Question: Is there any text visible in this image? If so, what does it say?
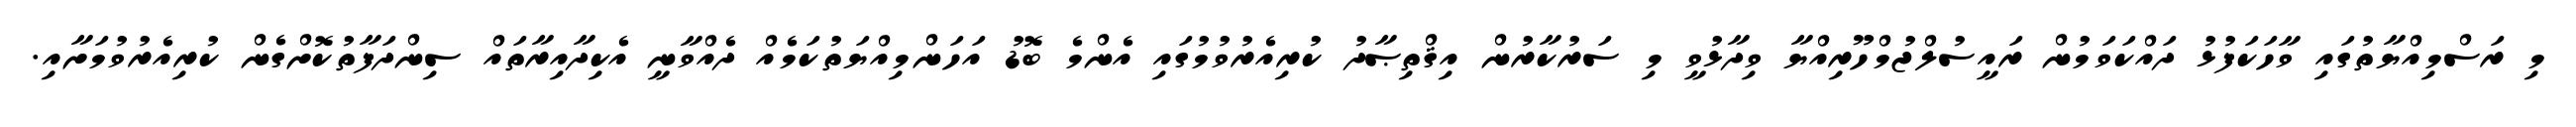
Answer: މި ރަސްމިއްޔާތުގައި ވާހަކަފުޅު ދައްކަވަމުން ރައީސުލްޖުމްހޫރިއްޔާ ވިދާޅުވީ މި ސަރުކާރުން އިޤްތިޞާދު ކުރިއެރުވުމުގައި އެންމެ ބޮޑު އަހަންމިއްޔަތުކަމެއް ދެއްވާނީ އެކިދާއިރާތައް ސިންދަފާތުކޮށްގެން ކުރިއެރުވުމަށާއި.